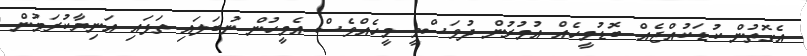
އެގޮތުން ކުޑަކުއްޖެއް ބޮޑުމީހެއް އުމުރުން ދުވަސްވީ މީހެއްވެސް އެމީހުން ނުބަލައި ތަޅައި އަނިޔާކުރަމުން